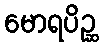
မောရပိဉ္ဆ